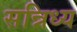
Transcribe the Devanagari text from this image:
सन्निध्य